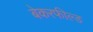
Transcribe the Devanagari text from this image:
बेकरफील्ड